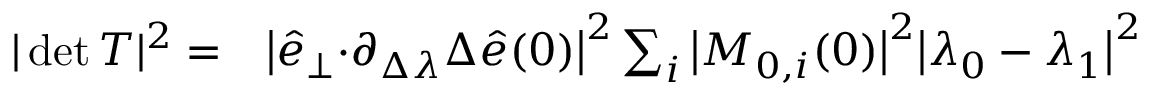
\begin{array} { r l } { \vert \operatorname* { d e t } T \vert ^ { 2 } = } & { { } { \big \vert \hat { e } _ { \perp } { \cdot } \partial _ { \Delta \lambda } \Delta \hat { e } ( 0 ) \big \vert ^ { 2 } \sum _ { i } \big \vert M _ { 0 , i } ( 0 ) \big \vert ^ { 2 } } \big \vert \lambda _ { 0 } - \lambda _ { 1 } \big \vert ^ { 2 } } \end{array}